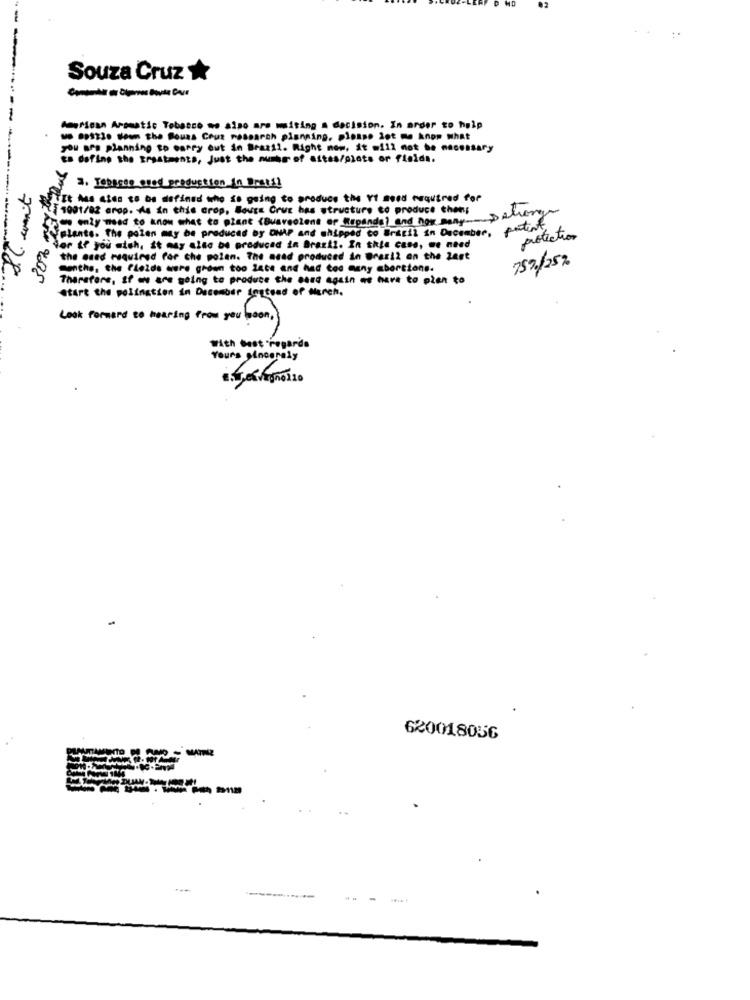
-
..
Souza Cruz *
American Aromatic Tobacco mo also are waiting a decision. In order to help
- BS33. How the Bouas Cour research planning, please let me know what
you are planning to carry out in Brazil. Right now, it =112 not be necessary
Es dofine the treatments, Just the numer of aftes/plats or fielda.
3. Tepenso oned production in Drets?
TIt Aus sies to be defined who is going to produce the Yt seed orquired for
1001/02 Grop. As in this crop, Bouge Cruz has structure to produce thens
Can only need to know what to plant (Buaroozons of Rspanda) and how manyDaherg
Fclants. The polen may be produced by DNAP and shipped to Brazil in December.
patint
protection
-----------
lor if you wish, it may also be produced in Brazil. In this case, we need
the esed required For che polan. The acad produced in Brazil on the 2est
757/25%
sonthe, the fields ware grown too late and had too agny abortions.
Therefore, If we are going to produce the 0and again we have to pien to
Start the polingtion in December logtsad of March.
Look Forward to hearing From you boom . )
With best regards
Yours sincerely
620018056
-